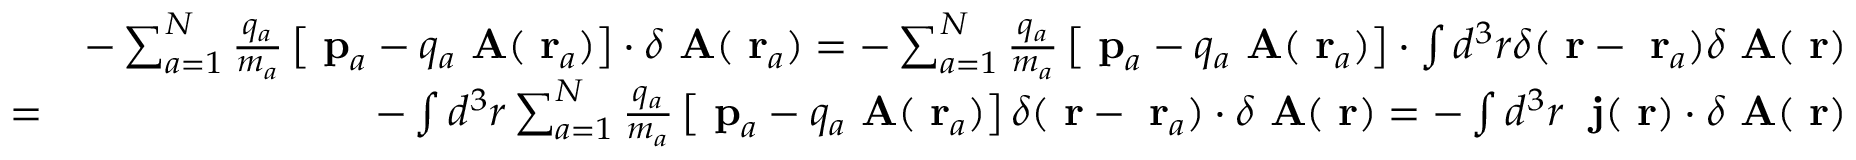
\begin{array} { r l r } & { } & { - \sum _ { a = 1 } ^ { N } \frac { q _ { a } } { m _ { a } } \left[ \mathrm { \bf ~ p } _ { a } - q _ { a } \mathrm { \bf ~ A } ( \mathrm { \bf ~ r } _ { a } ) \right] \cdot \delta \mathrm { \bf ~ A } ( \mathrm { \bf ~ r } _ { a } ) = - \sum _ { a = 1 } ^ { N } \frac { q _ { a } } { m _ { a } } \left[ \mathrm { \bf ~ p } _ { a } - q _ { a } \mathrm { \bf ~ A } ( \mathrm { \bf ~ r } _ { a } ) \right] \cdot \int d ^ { 3 } r \delta ( \mathrm { \bf ~ r } - \mathrm { \bf ~ r } _ { a } ) \delta \mathrm { \bf ~ A } ( \mathrm { \bf ~ r } ) } \\ & { = } & { - \int d ^ { 3 } r \sum _ { a = 1 } ^ { N } \frac { q _ { a } } { m _ { a } } \left[ \mathrm { \bf ~ p } _ { a } - q _ { a } \mathrm { \bf ~ A } ( \mathrm { \bf ~ r } _ { a } ) \right] \delta ( \mathrm { \bf ~ r } - \mathrm { \bf ~ r } _ { a } ) \cdot \delta \mathrm { \bf ~ A } ( \mathrm { \bf ~ r } ) = - \int d ^ { 3 } r \; \mathrm { \bf ~ j } ( \mathrm { \bf ~ r } ) \cdot \delta \mathrm { \bf ~ A } ( \mathrm { \bf ~ r } ) } \end{array}